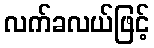
လက်ခလယ်ဖြင့်